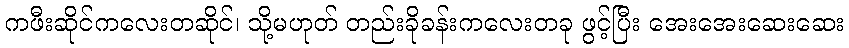
ကဖီးဆိုင်ကလေးတဆိုင်၊ သို့မဟုတ် တည်းခိုခန်းကလေးတခု ဖွင့်ပြီး အေးအေးဆေးဆေး